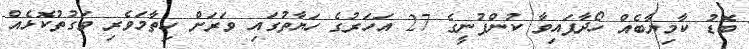
ބޮޑު ކާމިޔާބެއް ހޯދާފައިވާ ކުންފުނީގެ 27 އަހަރުގެ ހަޔާތުގައި ވަރަށް ހިތާމަވެރި ވަގުތުކޮޅެއް